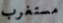
مستغرب